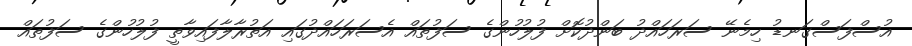
އުސްފަސްގަނޑު ހިމެނޭ ސަރަަހައްދު ބަންދުކޮށް ފުލުހުންގެ ސަފުތައް އެސަރަހައްދުގައި އަތުރާލާފައިވާތީ ފުލުހުންގެ ސަފުތައް